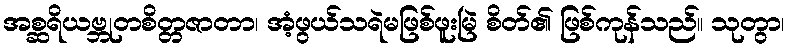
အစ္ဆရိယဗ္ဘုတစိတ္တဇာတာ၊ အံ့ဖွယ်သရဲမဖြစ်ဖူးမြဲ စိတ်၏ ဖြစ်ကုန်သည်။ သုတွာ၊